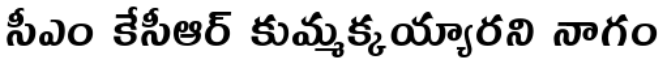
సీఎం కేసీఆర్ కుమ్మక్కయ్యారని నాగం